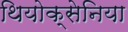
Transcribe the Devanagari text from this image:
थियोक्सेनिया